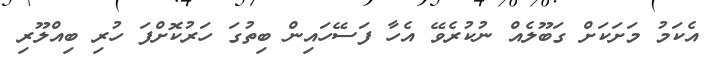
އެކަމު މަށަކަށް ގަބޫލެއް ނުކުރެވޭ އެހާ ފަސޭހައިން ބިތުގަ ހަރުކޮށްފަ ހުރި ބިއްލޫރި